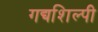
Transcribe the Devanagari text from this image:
गद्यशिल्पी